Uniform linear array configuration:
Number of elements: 12
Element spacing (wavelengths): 1
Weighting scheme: hann
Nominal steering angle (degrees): -45
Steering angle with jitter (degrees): -43.569
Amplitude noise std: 0.05
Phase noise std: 0.05

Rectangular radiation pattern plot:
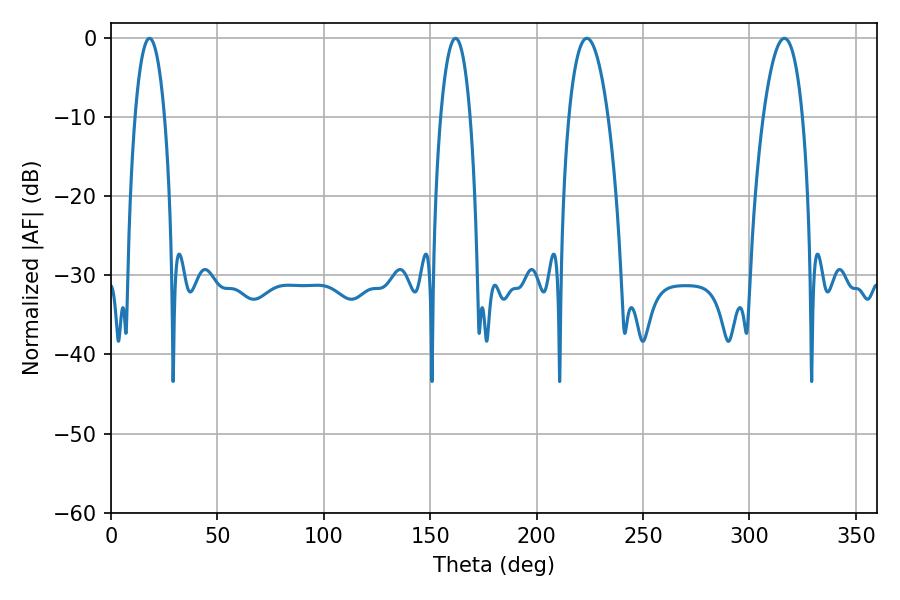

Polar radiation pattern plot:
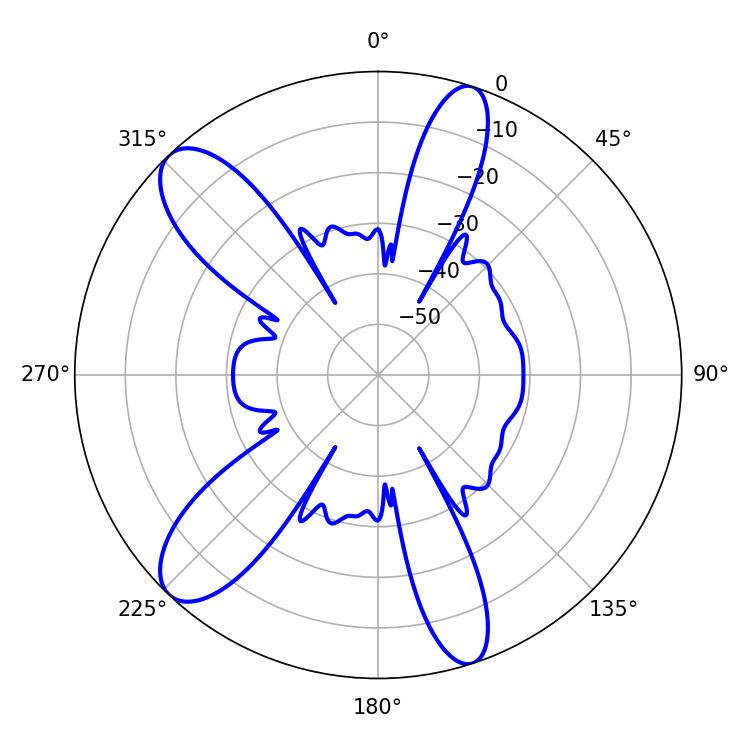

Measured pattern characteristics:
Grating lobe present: TRUE
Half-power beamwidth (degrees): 10.26
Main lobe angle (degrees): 223.56